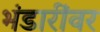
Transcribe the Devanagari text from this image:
भंडारींवर